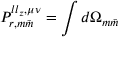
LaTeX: P _ { r , m \bar { m } } ^ { l l _ { z } , \mu \nu } = \int d \Omega _ { m \bar { m } }